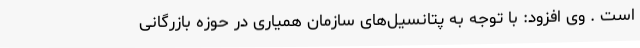
است . وی افزود: با توجه به پتانسیل‌های سازمان همیاری در حوزه بازرگانی